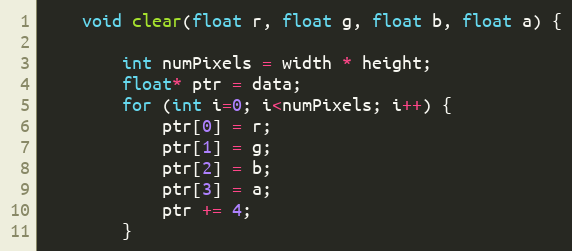
Language: C
    void clear(float r, float g, float b, float a) {

        int numPixels = width * height;
        float* ptr = data;
        for (int i=0; i<numPixels; i++) {
            ptr[0] = r;
            ptr[1] = g;
            ptr[2] = b;
            ptr[3] = a;
            ptr += 4;
        }